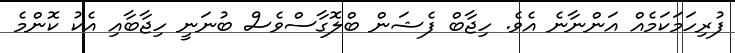
ފުރިހަމަކަމެއް އަންނާނެ އެވެ. ހިޖާބް ފެޝަން ބްލޮގާސްވެސް ބުނަނީ ހިޖާބާއި އެކު ކޮންމެ